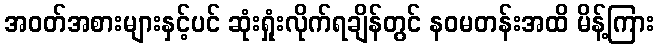
အဝတ်အစားများနှင့်ပင် ဆုံးရှုံးလိုက်ရချိန်တွင် နဝမတန်းအထိ မိန့်ကြား